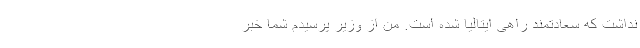
نداشت که سعادتمند راهی ایتالیا شده است. من از وزیر پرسیدم شما خبر